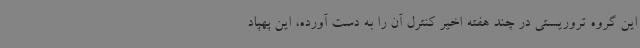
این گروه تروریستی در چند هفته اخیر کنترل آن را به دست آورده، این پهپاد